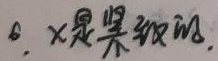
6. \(X\) 是紧致的.